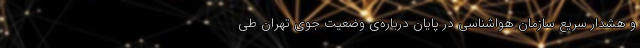
و هشدار سریع سازمان هواشناسی در پایان درباره‌ی وضعیت جوی تهران طی